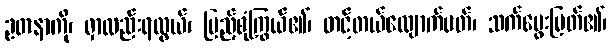
ဥတနာကို၊ ရှာလည်းရလွယ်၊ ပြည့်စုံကြွယ်၏၊ တင့်တယ်လျောက်ပတ်၊ သက်မွေးမြတ်၏၊